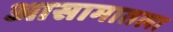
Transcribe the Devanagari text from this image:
आसामातला